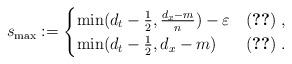
LaTeX: \begin{align*} s_{\mathrm{max}} := \begin{cases}\min(d_t-\frac12,\frac{d_x-m}{n})-\varepsilon & \eqref{A}\;,\\\min(d_t-\frac12,d_x-m) & \eqref{B}\;.\end{cases}\end{align*}